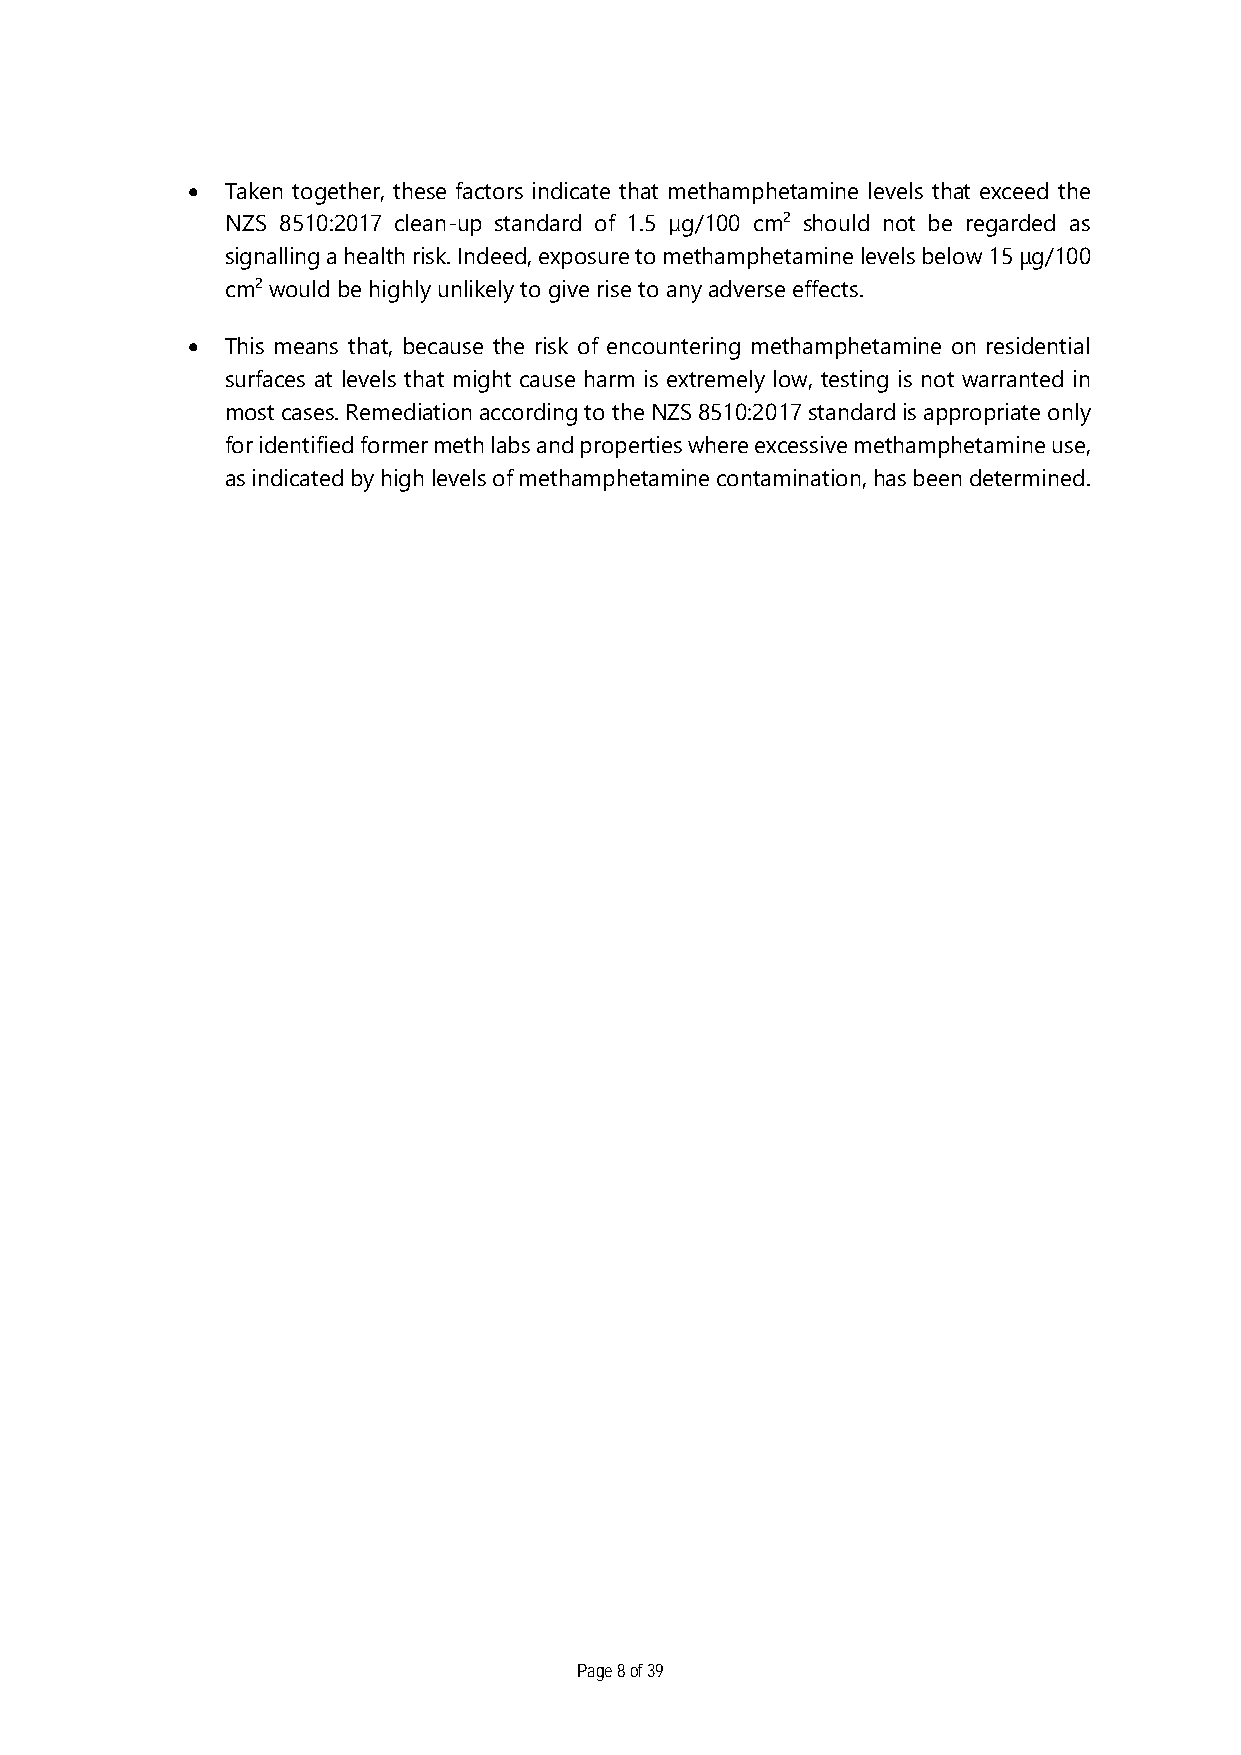
•  Taken together, these factors indicate that methamphetamine levels that exceed the
 NZS 8510:2017 clean-up standard of 1.5 µg/100 cm2 should not be regarded as
 signalling a health risk. Indeed, exposure to methamphetamine levels below 15 μg/100
 cm2 would be highly unlikely to give rise to any adverse effects.
 •  This means that, because the risk of encountering methamphetamine on residential
 surfaces at levels that might cause harm is extremely low, testing is not warranted in
 most cases. Remediation according to the NZS 8510:2017 standard is appropriate only
 for identified former meth labs and properties where excessive methamphetamine use,
 as indicated by high levels of methamphetamine contamination, has been determined.
 Page 8 of 39